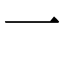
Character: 一